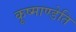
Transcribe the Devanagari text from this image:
कूष्माण्डेति